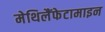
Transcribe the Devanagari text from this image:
मेथिलैंफेटामाइन